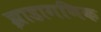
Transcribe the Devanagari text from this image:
झाडागणिक